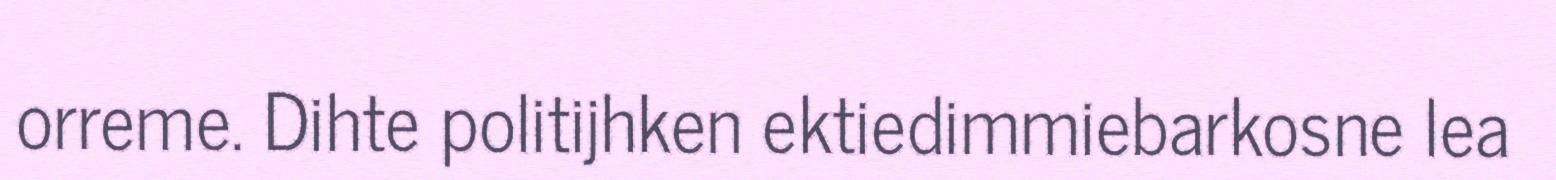
orreme. Dihte politijhken ektiedimmiebarkosne lea